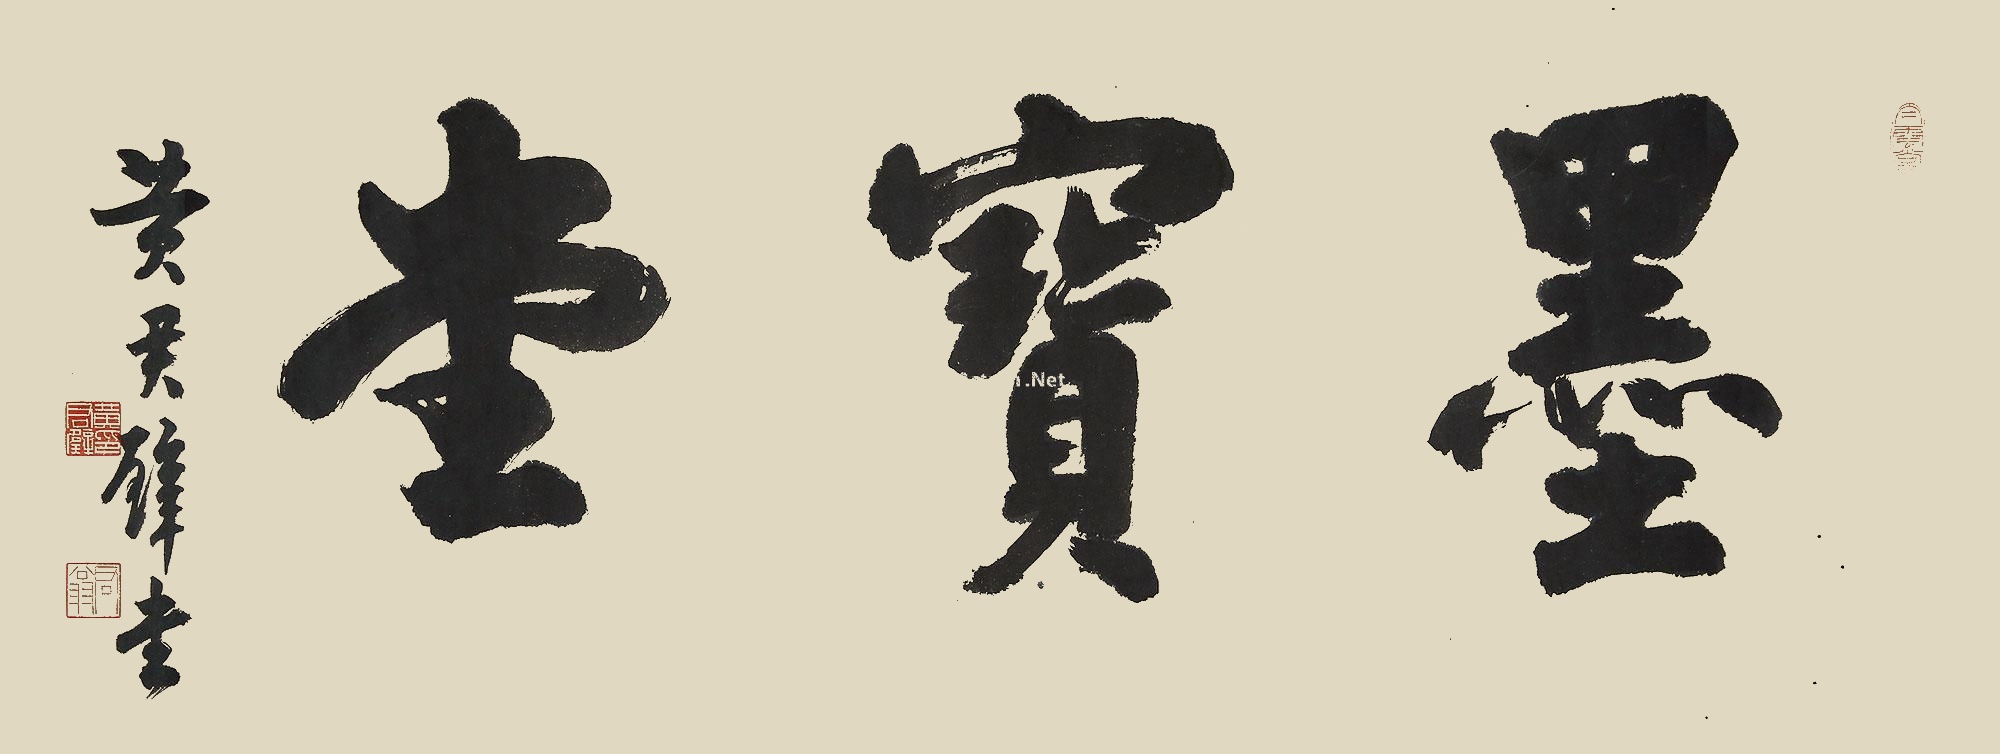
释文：墨宝堂黄君璧书。